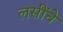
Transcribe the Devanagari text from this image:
लसींचे